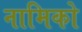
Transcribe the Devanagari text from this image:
नामिको